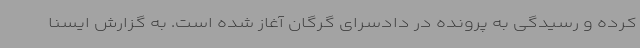
کرده و رسیدگی به پرونده در دادسرای گرگان آغاز شده است. به گزارش ایسنا